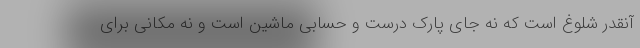
آنقدر شلوغ است که نه جای پارک درست و حسابی ماشین است و نه مکانی برای